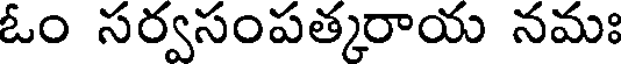
ఓం సర్వసంపత్కరాయ నమః